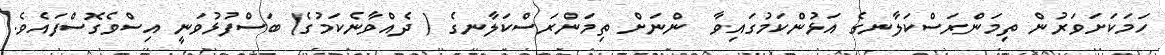
ހަމަކަށަވަރުން ތިމަންރަސްކަލާނގެ އަޅުންކަމުގައިވާ  ންނަށް ތިމަންރަސްކަލާނގެ ( ދެއްވާނެކަމުގެ) ބަސްފުޅުވަނީ އިސްވެގޮސްފައެވެ.